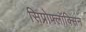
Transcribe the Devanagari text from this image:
सिप्रोफ्लॉक्सिन